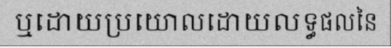
ឬដោយប្រយោលដោយលទ្ធផលនៃ